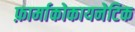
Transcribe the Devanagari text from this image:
फ़ार्माकोकायनेटिक